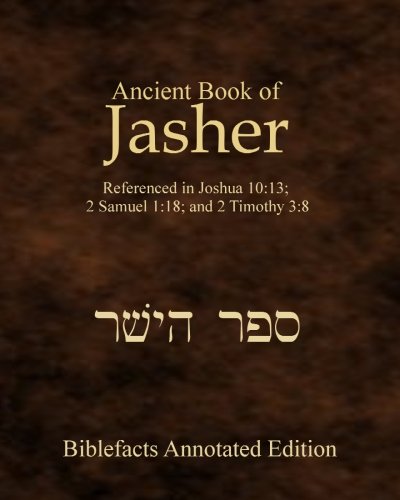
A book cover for Ancient Book Of Jasher: Referenced In Joshua 10:13; 2 Samuel 1:18; And 2 Timothy 3:8; Ken Johnson; History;